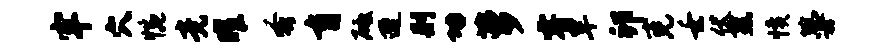
牢穴惋竟曜蚤育砥遭则功萝睿旱卯克壬伏燕愤蔓